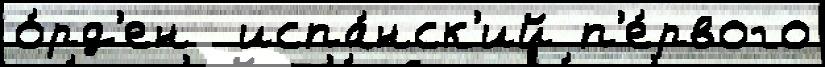
о́рд'ен  испа́нск'ий п'е́рвого